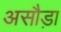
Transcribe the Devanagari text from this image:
असौड़ा